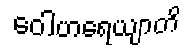
ဝေါဟရေယျာတိ